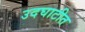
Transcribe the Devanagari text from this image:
उदघाटीत